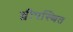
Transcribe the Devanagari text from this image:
द्वीपस्थित